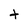
Character: t